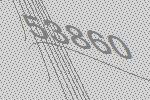
53860